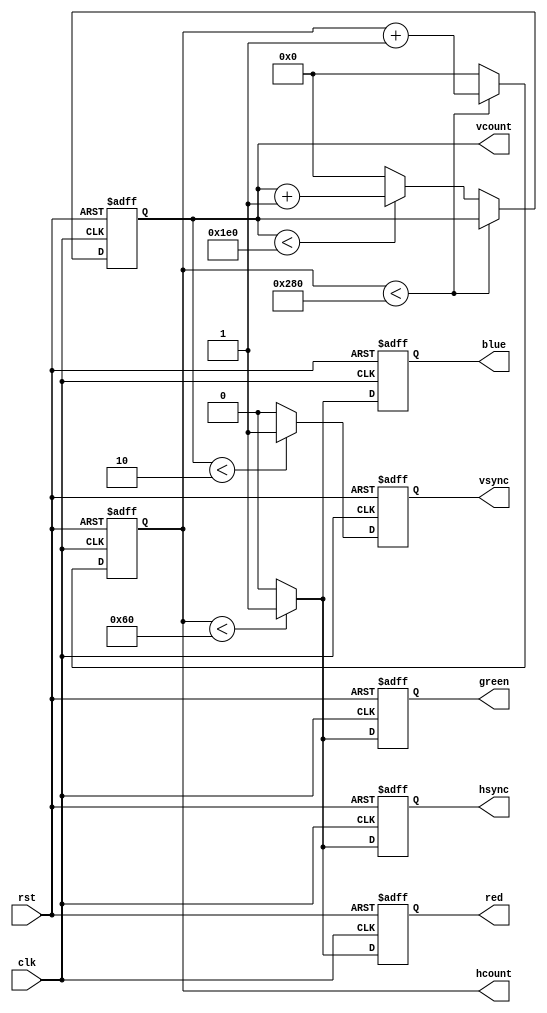
module vga_controller(
    input wire clk,
    input wire rst,
    output reg hsync,
    output reg vsync,
    output reg [9:0] hcount,
    output reg [9:0] vcount,
    output reg red,
    output reg green,
    output reg blue
);

reg [9:0] hsync_counter;
reg [9:0] vsync_counter;

always @(posedge clk or posedge rst) begin
    if (rst) begin
        hcount <= 10'd0;
        vcount <= 10'd0;
        hsync <= 1'b0;
        vsync <= 1'b0;
        red <= 1'b0;
        green <= 1'b0;
        blue <= 1'b0;
    end else begin
        if (hcount < 640) begin
            hcount <= hcount + 1;
        end else begin
            hcount <= 10'd0;
            if (vcount < 480) begin
                vcount <= vcount + 1;
            end else begin
                vcount <= 10'd0;
            end
        end
        
        if (hcount < 96) begin
            hsync <= 1'b1;
            red <= 1'b1;
            green <= 1'b1;
            blue <= 1'b1;
        end else begin
            hsync <= 1'b0;
            red <= 1'b0;
            green <= 1'b0;
            blue <= 1'b0;
        end
        
        if (vcount < 2) begin
            vsync <= 1'b1;
        end else begin
            vsync <= 1'b0;
        end
    end
end

endmodule